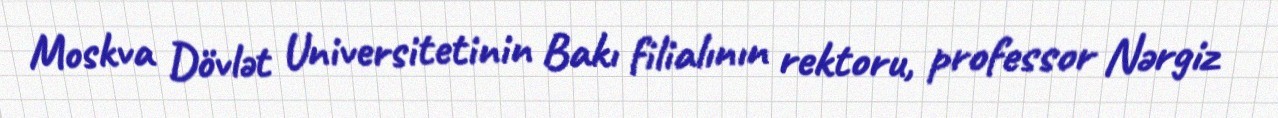
Moskva Dövlət Universitetinin Bakı filialının rektoru, professor Nərgiz